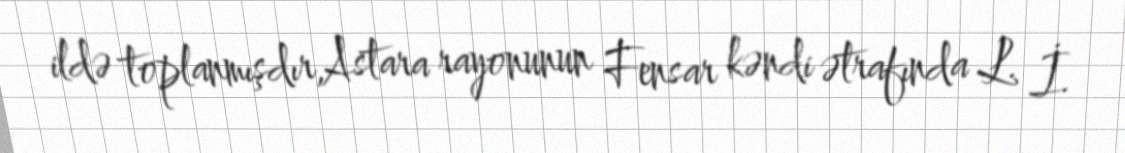
ildə toplanmışdır,Astara rayonunun Fensar kəndi ətrafında L. İ.